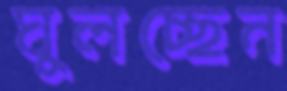
ঘুলচ্ছেন